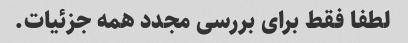
لطفا فقط برای بررسی مجدد همه جزئیات.